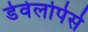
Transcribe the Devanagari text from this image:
डेवेलोपेर्स